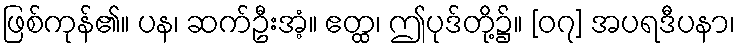
ဖြစ်ကုန်၏။ ပန၊ ဆက်ဦးအံ့။ ဧတ္ထ၊ ဤပုဒ်တို့၌။ [၀၇] အပရဒီပနာ၊